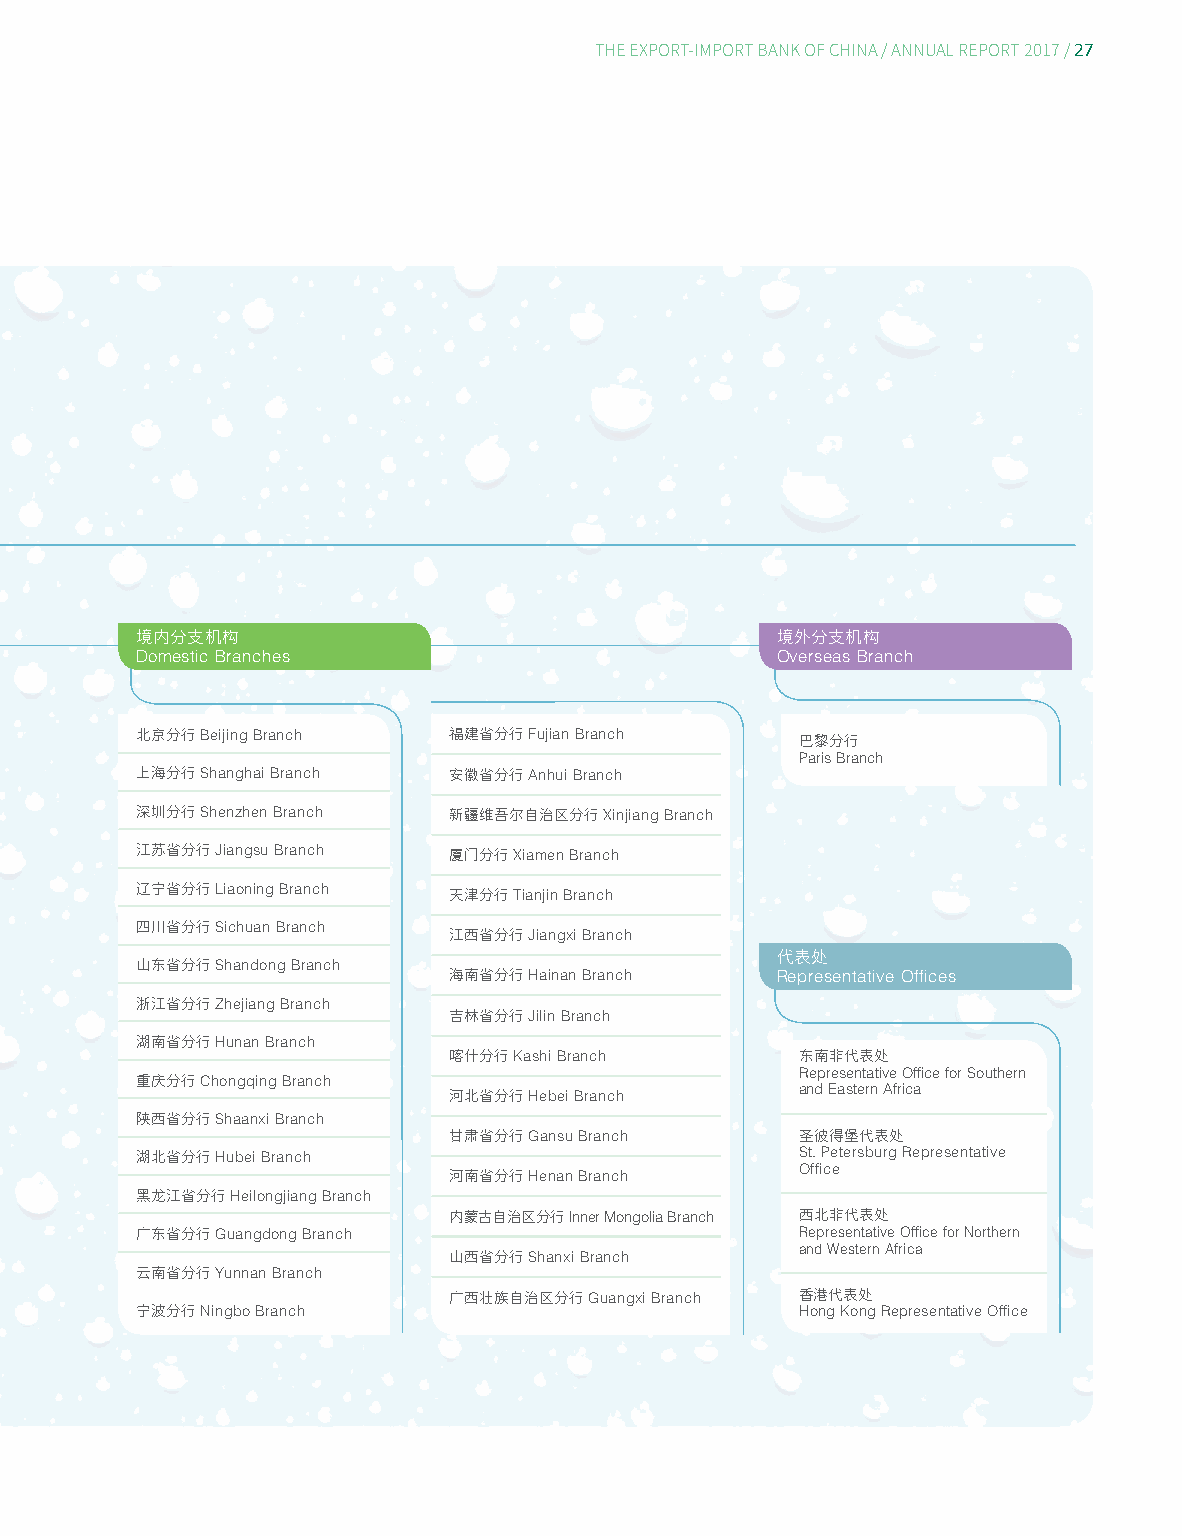
27
 THE EXPORT-IMPORT BANK OF CHINA/ ANNUAL REPORT 2017/
 境Do内m分es支tic机 B构ranches                   境Ov外er分se支as机 B构ranch
 Beijing Branch        Fujian Branch
 北京分行                 福建省分行
 巴Pa黎ris分 B行ranch
 Shanghai Branch       Anhui Branch
 上海分行                 安徽省分行
 Shenzhen Branch            Xinjiang Branch
 深圳分行                 新疆维吾尔自治区分行
 Jiangsu Branch      Xiamen Branch
 江苏省分行                厦门分行
 Liaoning Branch
 辽宁省分行                    Tianjin Branch
 天津分行
 Sichuan Branch
 四川省分行                     Jiangxi Branch
 江西省分行
 山东省分行 Shandong Branch     Hainan Branch   代Re表pr处esentative Offices
 海南省分行
 Zhejiang Branch
 浙江省分行                     Jilin Branch
 吉林省分行
 Hunan Branch
 湖南省分行                    Kashi Branch
 喀什分行                   东Re南pr非es代en表ta处tive Office for Southern
 Chongqing Branch
 重庆分行                      Hebei Branch      and Eastern Africa
 河北省分行
 Shaanxi Branch
 陕西省分行                     Gansu Branch
 Hubei Branch    甘肃省分行                  圣St.彼 P得et堡ers代b表ur处g Representative
 湖北省分行                                       Office
 Henan Branch
 河南省分行
 Heilongjiang Branch
 黑龙江省分行
 Inner Mongolia Branch
 Guangdong Branch 内蒙古自治区分行              西Re北pr非es代en表tat处ive Office for Northern
 广东省分行                                       and Western Africa
 Shanxi Branch
 Yunnan Branch   山西省分行
 云南省分行
 Guangxi Branch
 Ningbo Branch    广西壮族自治区分行              香Ho港ng代 K表o处ng Representative Office
 宁波分行